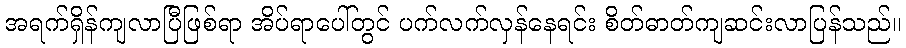
အရက်ရှိန်ကျလာပြီဖြစ်ရာ အိပ်ရာပေါ်တွင် ပက်လက်လှန်နေရင်း စိတ်ဓာတ်ကျဆင်းလာပြန်သည်။